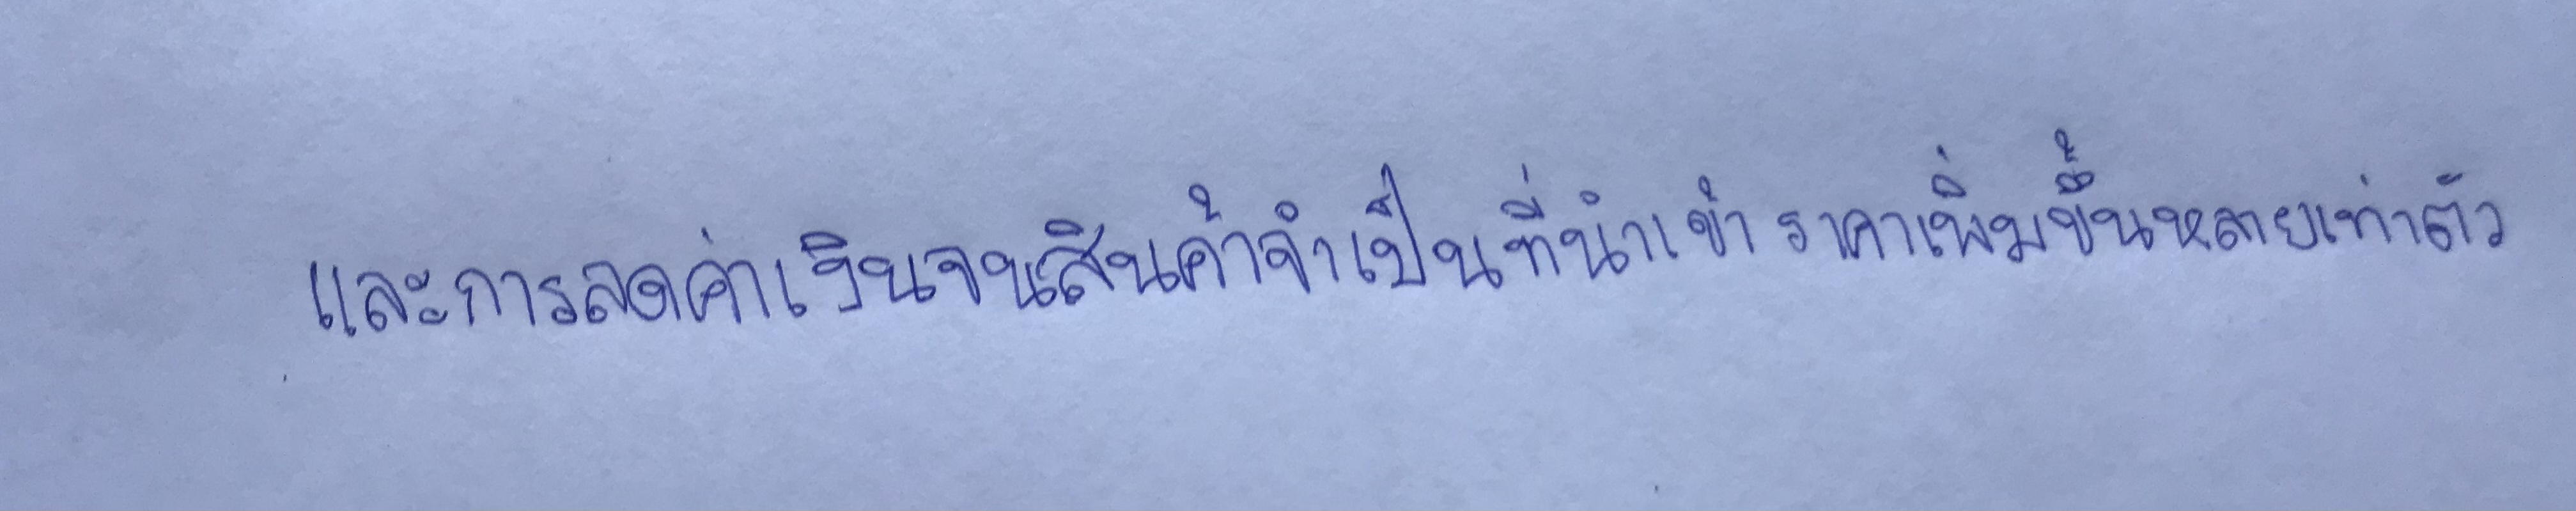
และการลดค่าเงินจนสินค้าจำเป็นที่นำเข้าราคาเพิ่มขึ้นหลายเท่าตัว